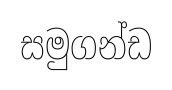
සමුගන්ඩ